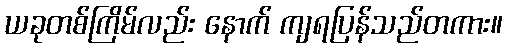
ယခုတစ်ကြိမ်လည်း နောက် ကျရပြန်သည်တကား။